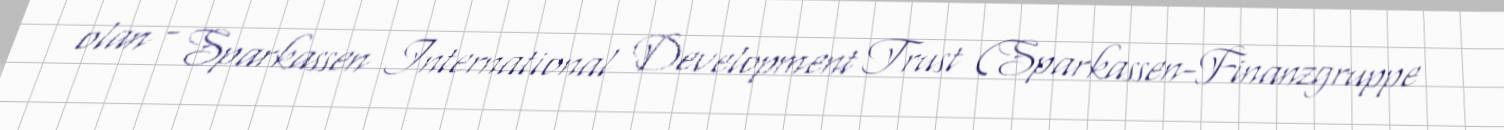
olan - Sparkassen International Development Trust (Sparkassen-Finanzgruppe